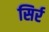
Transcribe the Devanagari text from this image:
सिर्र